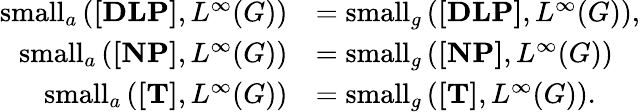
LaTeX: \begin{array}{rl}{\mathrm{small}_{a}\left({\mathrm{\mathbf{[DLP]}}},{L^{\infty}(G)}\right)}&{=\mathrm{small}_{g}\left({\mathrm{\mathbf{[DLP]}}},{L^{\infty}(G)}\right),}\\ {\mathrm{small}_{a}\left({\mathrm{\mathbf{[NP]}}},{L^{\infty}(G)}\right)}&{=\mathrm{small}_{g}\left({\mathrm{\mathbf{[NP]}}},{L^{\infty}(G)}\right)}\\ {\mathrm{small}_{a}\left({\mathrm{\mathbf{[T]}}},{L^{\infty}(G)}\right)}&{=\mathrm{small}_{g}\left({\mathrm{\mathbf{[T]}}},{L^{\infty}(G)}\right).}\end{array}